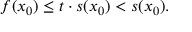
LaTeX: f ( x _ { 0 } ) \leq t \cdot s ( x _ { 0 } ) < s ( x _ { 0 } ) .